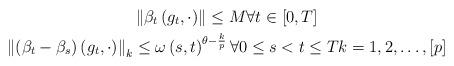
LaTeX: \begin{gather*}\left\Vert \beta _{t}\left( g_{t},\cdot \right) \right\Vert \leq M\forall t\in \left[ 0,T\right] \\\left\Vert (\beta _{t}-\beta _{s})\left( g_{t},\cdot \right) \right\Vert_{k}\leq \omega \left( s,t\right) ^{\theta -\frac{k}{p}}\forall0\leq s<t\leq Tk=1,2,\dots ,\left[ p\right] \end{gather*}